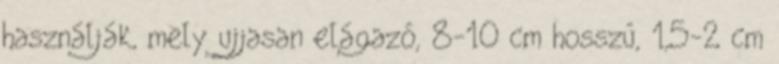
használják, mely ujjasan elágazó, 8-10 cm hosszú, 1,5-2 cm